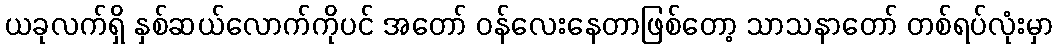
ယခုလက်ရှိ နှစ်ဆယ်လောက်ကိုပင် အတော် ဝန်လေးနေတာဖြစ်တော့ သာသနာတော် တစ်ရပ်လုံးမှာ